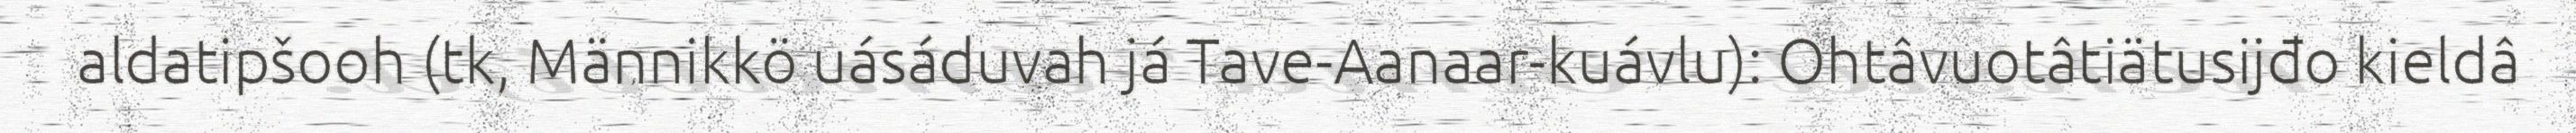
aldatipšooh (tk, Männikkö uásáduvah já Tave-Aanaar-kuávlu): Ohtâvuotâtiätusijđo kieldâ